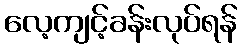
လေ့ကျင့်ခန်းလုပ်ရန်